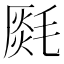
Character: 𣯅